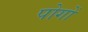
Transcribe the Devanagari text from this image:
पोगों